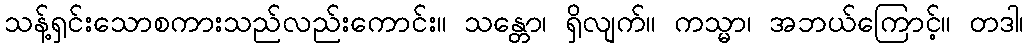
သန့်ရှင်းသောစကားသည်လည်းကောင်း။ သန္တော၊ ရှိလျက်။ ကသ္မာ၊ အဘယ်ကြောင့်။ တဒါ၊